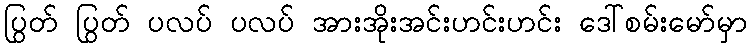
ပြွတ် ပြွတ် ပလပ် ပလပ် အားအိုးအင်းဟင်းဟင်း ဒေါ်စမ်းမော်မှာ